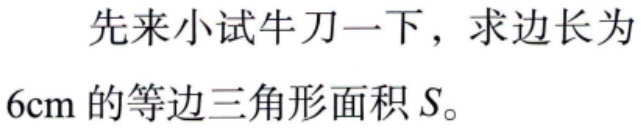
先来小试牛刀一下，求边长为
\(6\text{cm}\)的等边三角形面积\(S\)。